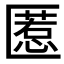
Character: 𱑌